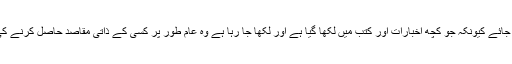
تجربات اور علم کو اگلی نسل تک پہنچايا جائے کيونکہ جو کچھ اخبارات اور کتب ميں لکھا گيا ہے اور لکھا جا رہا ہے وہ عام طور پر کسی کے ذاتی مقاصد حاصل کرنے کی کوشش ہوتی ہے نہ کہ حقائق کا پرچار